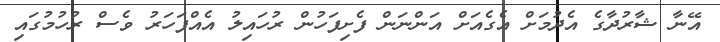
އޭނާ ޝާރުދާގެ އެދުމަށް އެގެއަށް އަންނަން ފެށިފަހުން ރުހައިލު އެއްފަހަރު ވެސް ރުހުމުގައި